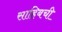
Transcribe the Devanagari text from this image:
साहिबची